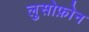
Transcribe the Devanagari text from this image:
लुसोफ़ोन